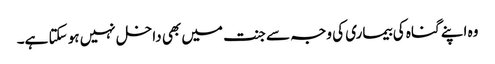
وہ اپنے گناہ کی بیماری کی وجہ سے جنت میں بھی داخل نہیں ہو سکتا ہے۔